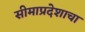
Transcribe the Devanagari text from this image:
सीमाप्रदेशाचा